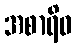
အစာရိဓ